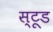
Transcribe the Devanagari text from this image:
स्टूड